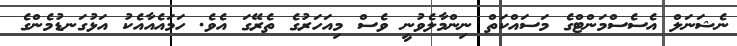
ނެޝަނަލް އެސެސްމަންޓްގެ މަސައްކަތް ނިންމާލެވުނީ ވެސް މިއަހަރުގެ ތެރޭގަ އެވެ. ހަމައެއާއެކު އަޅުގަނޑުމެންގެ